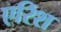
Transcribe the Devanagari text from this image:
एरिश